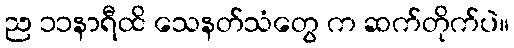
ည ၁၁နာရီထိ သေနတ်သံတွေ က ဆက်တိုက်ပဲ။